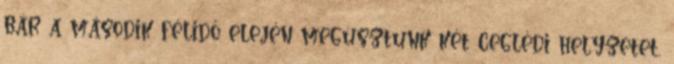
bár a második félidő elején megúsztunk két ceglédi helyzetet,